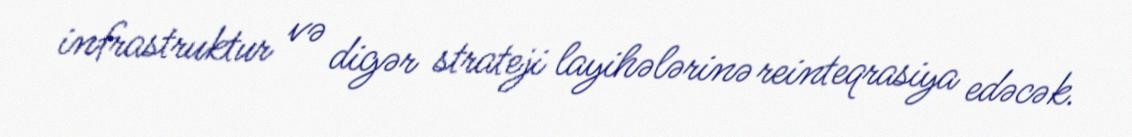
infrastruktur və digər strateji layihələrinə reinteqrasiya edəcək.